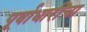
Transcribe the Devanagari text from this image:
पूर्वाधारींचा